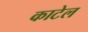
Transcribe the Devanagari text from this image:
काटेल